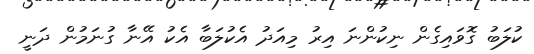
ކުލަބު ގޮވައިގެން ނިކުންނަ އިރު މިއަދު އެކުލަބާ އެކު އޭނާ ގުނަމުން ދަނީ